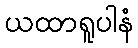
ယထာရူပါနံ